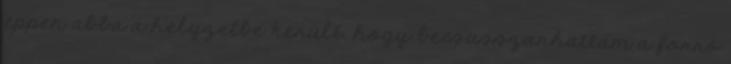
éppen abba a helyzetbe került, hogy becsusszanhattam a forró